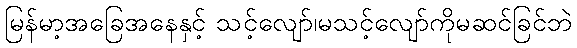
မြန်မာ့အခြေအနေနှင့် သင့်လျော်၊မသင့်လျော်ကိုမဆင်ခြင်ဘဲ